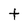
Character: t